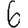
Digit: 6